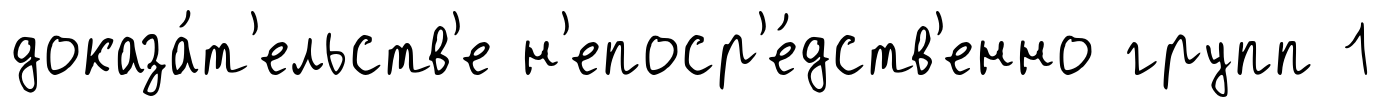
доказа́т'ельств'е н'епоср'е́дств'енно групп 1